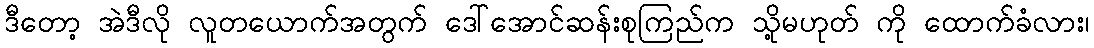
ဒီတော့ အဲဒီလို လူတယောက်အတွက် ဒေါ်အောင်ဆန်းစုကြည်က သို့မဟုတ် ကို ထောက်ခံလား၊